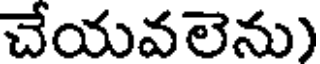
చేయవలెను)